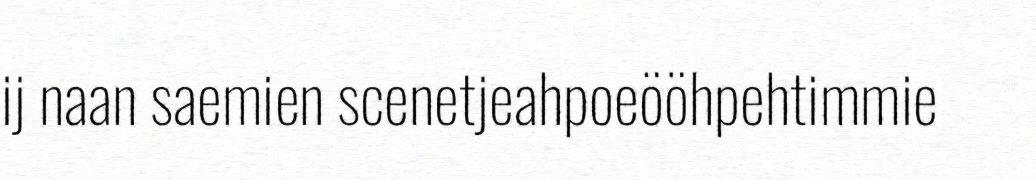
ij naan saemien scenetjeahpoeööhpehtimmie